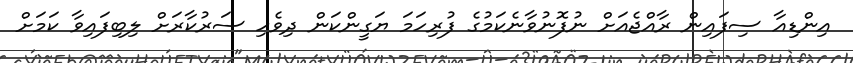
އިންޑިއާ ސިފައިން ރާއްޖެއަށް ނުފޮނުވާނެކަމުގެ ފުރިހަމަ ޔަގީންކަން ދިވެހި ސަރުކާރަށް ލިބިފައިވާ ކަމަށް